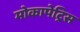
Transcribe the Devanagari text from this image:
मोकापेट्रिस